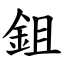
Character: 鉏